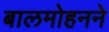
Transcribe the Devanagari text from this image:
बालमोहनने